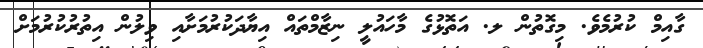
ގާއިމް ކުރުމެވެ. މިގޮތުން ލ. އަތޮޅުގެ މާހައުލީ ނިޒާމްތައް އިޔާދަކުރުމަށާއި ވިލުން އިތުރުކުރުމަށް